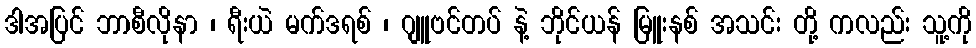
ဒါအပြင် ဘာစီလိုနာ ၊ ရီးယဲ မက်ဒရစ် ၊ ဂျူဗင်တပ် နဲ့ ဘိုင်ယန် မြူးနစ် အသင်း တို့ ကလည်း သူ့ကို